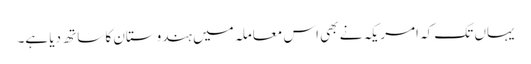
یہاں تک کہ امریکہ نے بھی اس معاملہ میں ہندوستان کا ساتھ دیا ہے۔